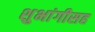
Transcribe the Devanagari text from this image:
शुभांगीसह